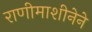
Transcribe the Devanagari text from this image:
राणीमाशीनेने